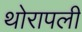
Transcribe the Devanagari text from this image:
थोरापली